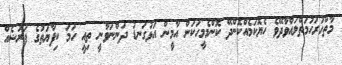
މާތްހުރަހުމަތްލައްވާދޭވެ ހެޔޮކަމެއްކޮންދޭ ކޮންމެމީހަކަން އާމީން އަޅުގަނޑު ދަންނަވާނީ ތިއީ ހަމަ ކިފާޔަތުގެ ފަރުޟެއް